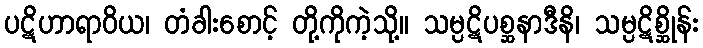
ပဋိဟာရာဝိယ၊ တံခါးစောင့် တို့ကိုကဲ့သို့။ သမ္ပဋိပစ္ဆနာဒီနိ၊ သမ္ပဋိစ္ဆိုန်း